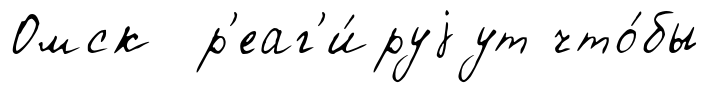
Омск р'еаг'и́руjут что́бы